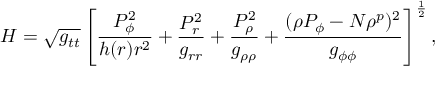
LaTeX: H = \sqrt { g _ { t t } } \left[ { \frac { P _ { \phi } ^ { 2 } } { h ( r ) r ^ { 2 } } } + { \frac { P _ { r } ^ { 2 } } { g _ { r r } } } + { \frac { P _ { \rho } ^ { 2 } } { g _ { \rho \rho } } } + { \frac { ( \rho P _ { \phi } - N \rho ^ { p } ) ^ { 2 } } { g _ { \phi \phi } } } \right] ^ { \frac { 1 } { 2 } } ,